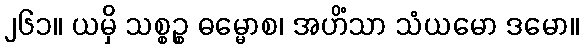
၂၆၁။ ယမှိ သစ္စဉ္စ ဓမ္မောစ၊ အဟိံသာ သံယမော ဒမော။